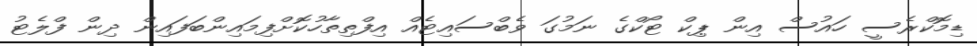
ޑިމޮކްރެސީ ހައުސް އިން ޕިކް ޓޯކްގެ ނަމުގަ ވެބްސައިޓެއް އިފްތިިތާހުކޮށްފިމައިންބަފައިން ދިން ފްލެޓު